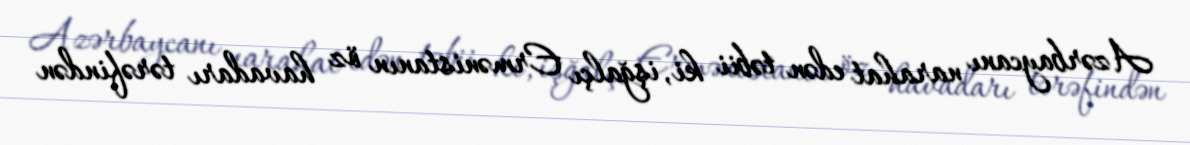
Azərbaycanı narahat edən təbii ki, işğalçı Ermənistanın öz havadarı tərəfindən